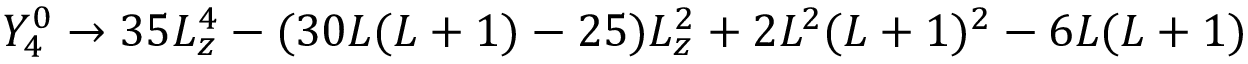
Y _ { 4 } ^ { 0 } \rightarrow 3 5 L _ { z } ^ { 4 } - ( 3 0 L ( L + 1 ) - 2 5 ) L _ { z } ^ { 2 } + 2 L ^ { 2 } ( L + 1 ) ^ { 2 } - 6 L ( L + 1 )